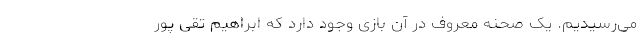
می‌رسیدیم. یک صحنه معروف در آن بازی وجود دارد که ابراهیم تقی پور